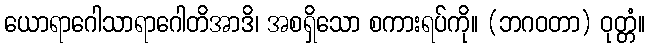
ယောရာဂေါသာရာဂေါတိအာဒိ၊ အစရှိသော စကားရပ်ကို။ (ဘဂဝတာ) ဝုတ္တံ။